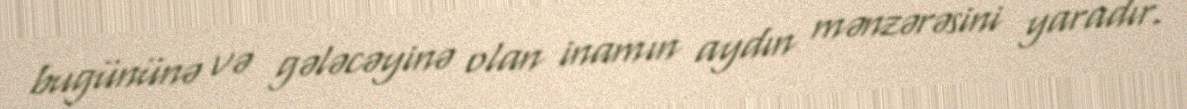
bugününə və gələcəyinə olan inamın aydın mənzərəsini yaradır.